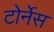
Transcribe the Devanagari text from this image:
टोर्नेस